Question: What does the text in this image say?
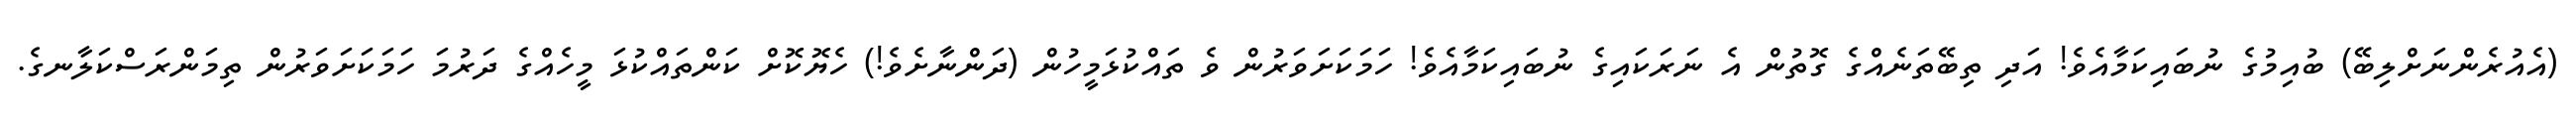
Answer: (އެއުރެންނަށްލިބޭ) ބުއިމުގެ ނުބައިކަމާއެވެ! އަދި ތިބޭތަނެއްގެ ގޮތުން އެ ނަރަކައިގެ ނުބައިކަމާއެވެ! ހަމަކަށަވަރުން ވެ ތައްކުޅަމީހުން (ދަންނާށެވެ!) ހެޔޮކޮށް ކަންތައްކުޅަ މީހެއްގެ ދަރުމަ ހަމަކަށަވަރުން ތިމަންރަސްކަލާނގެ.